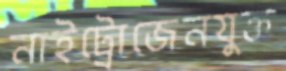
নাইট্রোজেনযুক্ত